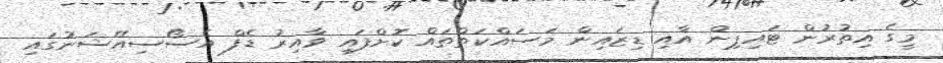
މީގެ އިތުރުން ޓައިޕިން އާއި ޑިޒައިން މަސައްކަތްތައް ކޮށްފައި ވާއިރު ޑެފް އެސޯސިއޭޝަނުގައި